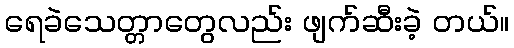
ရေခဲသေတ္တာတွေလည်း ဖျက်ဆီးခဲ့ တယ်။